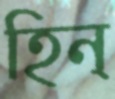
হিন্